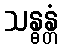
သန္ဓန္တံ